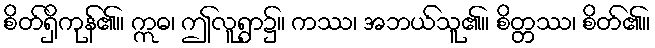
စိတ်ရှိကုန်၏။ ဣဓ၊ ဤလူရွာ၌။ ကဿ၊ အဘယ်သူ၏။ စိတ္တဿ၊ စိတ်၏။